Vital statistics of India. Vol. IV, Annual returns from 1871 to 1876. British Army of India, Native Army and jails of Bengal
Year: 1871
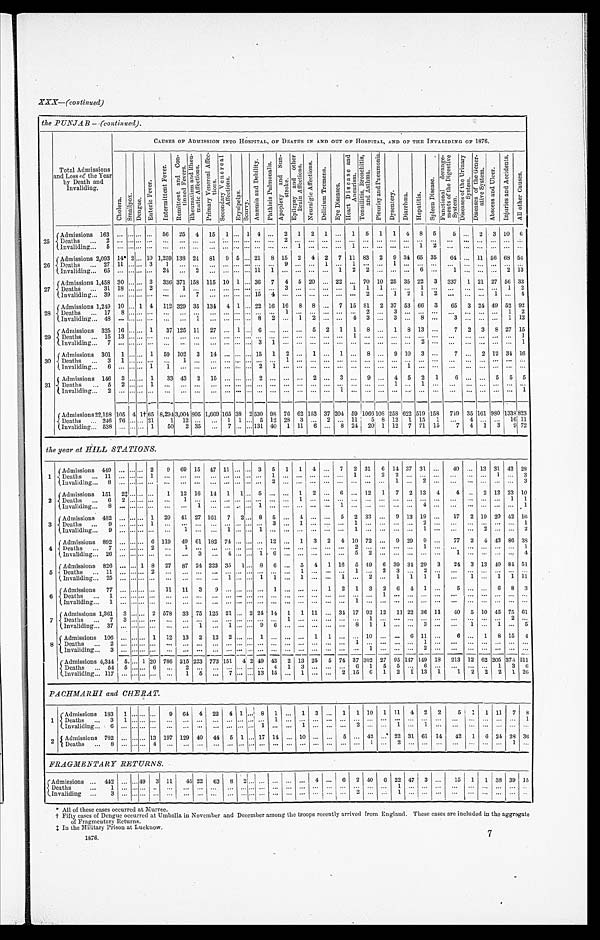
XXX—(contin ued)
the PUNJAB—(continued).
C A U S E S O F A D M I S S I O N I N T O H o s P I T A L , O F D E A T I I S I N
A N D O U T O R
H H
O S P I T A L , A N D O F T H E I N V A L I D I N G O F 1 8 7 6 .
Total Admissions
and Loss of the Year
by Death and
Invaliding.
C h o l e r a S m a ; ; [ o x . D e n g u e .
E n t e r i c F e v e r .
I n t e r m i t t e n t F e v e r .
R e m i t t e n t a n d C o n -
t i n u e d F e v e r s .
R h w u m a t i s m a n d R h e u -
m a t i c A f f e w c t i o n s .
P r i m a r y V e n e r a l A f f e c -
t i o n s . S e c o n d a r y V e n e r a l A f f e c t i o n s .
S e c o n d a r y V e n e r a l A f f e c t i o n s .
E r y s i p l e a s .
S c u r v y . A n æ m i a a n d D e b i l i t y . P h y t h i s i s P u l m o n a l i s . A p o p l e x y a n d S u n - s t r o k e . E p i l e p s y a n d o t h e r B r a i n A f f e c t i o n s .
N e u r a l g i c A f f e c t i o n s .
D e l i r i u m T r e m o n s .
E y e D i s e a s e s .
H e a r t D i s e a s e a n d A n c u r i s m . T o n s i l l i t i e s , B r o n c h i t i s , a n d A s t h m a .
P l e u r i s y a n d P n e u m o n i a . D y s e n t a r y . D i a r r h œ a .
H e p a t i t i s .
S l e e n D i s e a s e . F u t i o n a l d e r a n -
m e n t s o f t h e D i g e s t i v e S y s t e m .
D i s e a s e s o f t h e G e n e r -
a t i v e S y s t e m .
A b s c e s s a n d U l c e r .
I n j u r i e s a n d A c c i d e n t s .
A l l o t h e r c a u s e s .
25 (Admissions 163
50 25 4 1 5 1 1 4
2 1 2 1
1 5 1 1 4 8 5 5
2 3 10 6
Deaths 2
2
I n v a l i d i n g 5
1
1
1 2
A d m i s s i o n s 2 , 0 9 3 14* 2 10 1,259 138 24 81 9 5 21 8 15 2 4 2 7 11 83 2 9 34 65 35 61
11 56 68 5
D e a t h s 2 7
11
3 1
9
1
1
1
(Invaliding 65
24
2
11 1
1 2 2
6
1
2 13
Admissions 1,458 30
3 336 371 158 115 10 1 36 7 4 5 20
22
70 10 25 35 22 3 337 1 21 27 56 33
D e a t h s . 3 1
18 2
1
3
1 1
1
1
1 2
I n v a l i d i n g 3 9
7
1 5 4
2
1 2 1
1
4
28
Admissions 1,219 10 1 4 112 329 35 134 4 1 22 16 16 8
8
7 15 81 2 37 53 66 3
6 5 3 2 4 49 5 2 92
Deaths 17 8
1
2
3
65 3 24
11 2
Inval i di ng 48
1
8 2
1 2
4 3
3
8
3
12
29 Admissions 325 16
1 37 125 11 27
1
6
5 2 1 1 8 1 3 1 8 13 ... 7 2 3 8 27 15
Deaths 15 13
3 1
2
1
I n v a l i d i n g 7
3 1
2
1
30 Admissions 301 1
1 59 102 3 14
15 1 2
1
1
8
9 10 3
7
2 12 34 16
Deaths 3 1
1
1
I n v a l i d i n g 6
1 1
2 1
1
Admissions 146 3
1 33 43 2
2 2
2
3
9
4 5 2 1
6
5 5 5
D e a t h s 5
2
1
1
1
Invaliding 2
1
1
Admissions 22,158 105 4
1†
65 8
, 294 3,004 805 1,669 165 38 2 530 98 76 62 153 37 204 59 1066 108 258 622 519 158 719 35 161 980 1338 823
Deaths 246 76
21 1 12
1 1 5 12 28 3
2
11 5 8 12 1 15 1
4
16 11
Invaliding 538
1 50 2 35
7
131 40 1 11 6
8 24 20 1 12 7 71 15 7 4 1 3 9 72
the year at HILL STATIONS.
1 Admissions 449
2 9 69 15 47 11
3 5 1 1 4
7 2 31 6 14 37 31
40
13 31 42 28
Deaths 11
1
1
1
2 2
1
3
Invaliding 8
2
1
2
3
Admissions 151 2‡
1 12 16 14 1 1 5
1 2
6
12 1 7 2 13 4 4
2 12 23 10
Deaths 6 2
1
1 1
Invaliding 8
1
1
1
4
1
3
A d m i s s i o n s 4 8 2
1 29 41 27 161 7 22 8 5 4
5 2 33
9 13 19
17 2 19 20 4 2 16
Deaths 9
1
3
1
2
1
Invaliding 9
1
1
1
1
2
2
Admissions 892
6 119 49 61 182 74
12
1 3 2 4 10 72
9 29 9
77 2 4 43 86 38
Deaths 7
2
1
2
1
1
Invalding 26
3
4
1 6
5 2
1
4
5 Admissions 826
1 8 27 87 24 223 3 5 1 8 6
5 4 1 16 5 49 6 39 31 29 3 24 3 13 40 81 51
Deaths 11
2
1
1
2 3
2
Invaliding 25
1
1 1
1
1
2 .
1 1 1 1
1
1 1 11
Admissions 77
11 11 3 9
1
1
1 2 1 3 2 6 4 1
5
6 8 3
Deaths 1
1
Invaliding 1
1
Admissions 1,361 3
2 578 33 75 125 21 2 24 14 1 1 11
34 17 92 12 11 22 36 11 40 5 10 45 75 61
Deaths 7
3
1
1
2
Invaliding 37
1
1
9 6
8 1 1
3
1
1
5
Admissions 106
1 12 13 2 12 2
1
1 1
10
6 11
6
1 8 15 4
Deaths 2
1
1
Invaliding 37
1
2
Admissions 4,344 5 1 20 786 315 223 773 151 4 2 49 43 2 13 25 5 74 37 302 27 95 147 149 18 213 12 62 205 37. 5 211
Deaths 54 5
6
2
4 1 3
6 1 5 5
6
1 3 6
Invaliding 117
1 5
7
13 15
1
. 2 15 6 1 2 1 13
1 2 2 2 1 26
PACHMARHI and CHERAT.
1
Admissions 183 1 ... ... ... 9 64 4 1 22 4 1 8 1
1 3
1 1 10 1 11 4 2 2 5 1 1 11 7 8
D e a t h s 3
1
1
1
I n v a l i d i n g 6
1
1
2
1
2 Admisssions 7 82
1 3 197 129 40 44 5 . 1 17 1 .4 10
5... 42
22 31 61 1. 4 42 ..1 6 2, 4 28 36
D e a t h s 8
4
1
2
1
FRAGMENTARY RETURNS.
Admissions 442
4 9 3 11 45 22 63 8 2
4
6 2 4 6 22 47 3
15 1 1 38 39 1 15
Deaths 1
1
Invaliding 3
2
1
* All of these cases occurred at Murree.
† Fifty cases of Dengue occurred at Umballa in November and December among the troops recently arrived from England. These cases are included in the aggrogate
of Fragmentary Returns.
‡In t he Mi l i t ary Pri son at Lucknow.
1876.
7